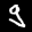
Label: 9